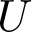
U